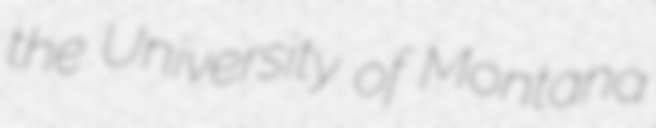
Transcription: the University of Montana